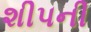
શીપની